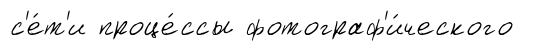
с'е́т'и проце́ссы фотограф'и́ческого